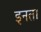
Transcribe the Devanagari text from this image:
इनता